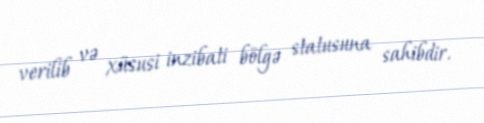
verilib və xüsusi inzibati bölgə statusuna sahibdir.